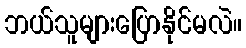
ဘယ်သူများပြောနိုင်မလဲ။